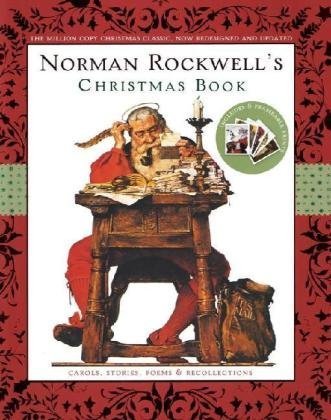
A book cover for Norman Rockwell's Christmas Book: Revised and Updated; Norman Rockwell; Politics & Social Sciences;